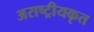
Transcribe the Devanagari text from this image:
अराष्ट्रीयकृत